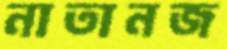
নাতানজ